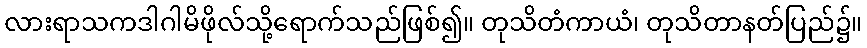
လားရာသကဒါဂါမိဖိုလ်သို့ရောက်သည်ဖြစ်၍။ တုသိတံကာယံ၊ တုသိတာနတ်ပြည်၌။